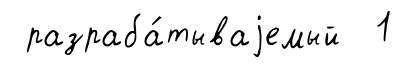
разраба́тываjемый 1